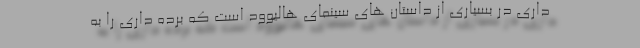
داری در بسیاری از داستان های سینمای هالیوود است که برده داری را به